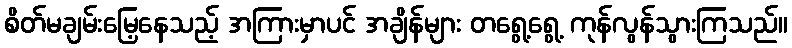
စိတ်မချမ်းမြေ့နေသည့် အကြားမှာပင် အချိန်များ တရွေ့ရွေ့ ကုန်လွန်သွားကြသည်။